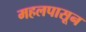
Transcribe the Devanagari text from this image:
महलपासून